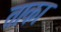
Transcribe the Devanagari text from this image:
ताका